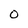
Character: O